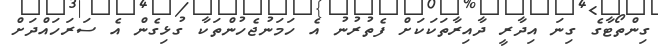
ގިންތޯޓާގެ ގިނަ އިދާރީ ދާއިރާތަކަކަށް ފެތުރުނު އެ ހަމަނުޖެހުންތަކާ ގުޅިގެން އެ ސަރަަހައްދަށް